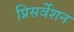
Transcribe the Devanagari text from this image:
प्रिसर्वेशन